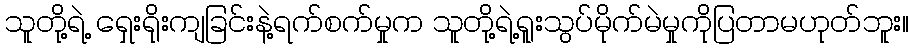
သူတို့ရဲ့ ရှေးရိုးကျခြင်းနဲ့ရက်စက်မှုက သူတို့ရဲ့ရူးသွပ်မိုက်မဲမှုကိုပြတာမဟုတ်ဘူး။